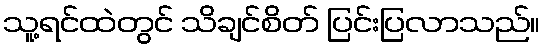
သူ့ရင်ထဲတွင် သိချင်စိတ် ပြင်းပြလာသည်။